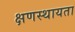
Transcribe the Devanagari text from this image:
क्षणस्थायता